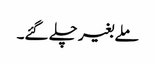
ملے بغیر چلے گئے۔